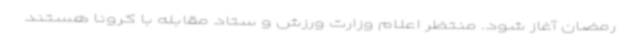
رمضان آغاز شود. منتظر اعلام وزارت ورزش و ستاد مقابله با کرونا هستند